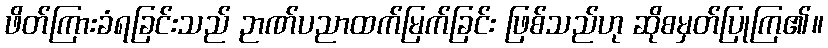
ဖိတ်ကြားခံရခြင်းသည် ဉာဏ်ပညာထက်မြက်ခြင်း ဖြစ်သည်ဟု ဆိုစမှတ်ပြုကြ၏။